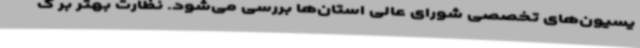
یسیون‌های تخصصی شورای عالی استان‌ها بررسی می‌شود. نظارت بهتر بر گ